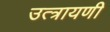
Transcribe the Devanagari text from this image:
उत्त्रायणी